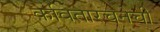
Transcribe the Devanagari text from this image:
कवितारचनेची